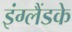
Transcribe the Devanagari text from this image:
इंग्लैंडके